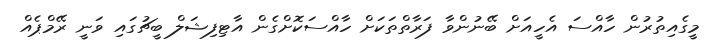
މީގެއިތުރުން ހާއްސަ އެހީއަށް ބޭނުންވާ ފަރާތްތަކަށް ހާއްސަކޮށްގެން އާޓިފިޝަލް ބީޗުގައި ވަނީ ރޭމްޕެއް